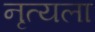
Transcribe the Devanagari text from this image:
नृत्यला